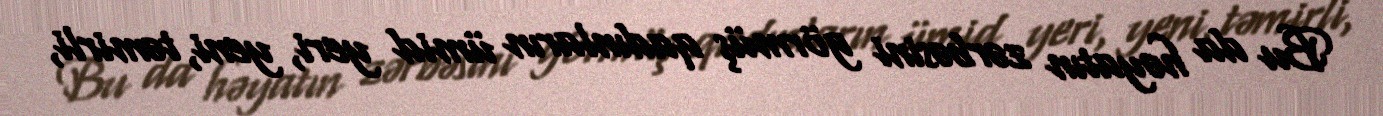
Bu da həyatın zərbəsini görmüş qadınların ümid yeri, yeni, təmirli,